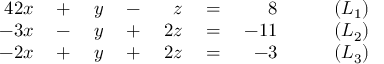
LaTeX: \begin{array} { r l r l r l r l } { { 4 } 2 x } & { { } { } + { } } & { y } & { { } { } - { } } & { z } & { { } { } = { } } & { 8 } & { { } \qquad ( L _ { 1 } ) } \\ { - 3 x } & { { } { } - { } } & { y } & { { } { } + { } } & { 2 z } & { { } { } = { } } & { - 1 1 } & { { } \qquad ( L _ { 2 } ) } \\ { - 2 x } & { { } { } + { } } & { y } & { { } { } + { } } & { 2 z } & { { } { } = { } } & { - 3 } & { { } \qquad ( L _ { 3 } ) } \end{array}